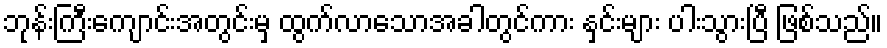
ဘုန်းကြီးကျောင်းအတွင်းမှ ထွက်လာသောအခါတွင်ကား နှင်းများ ပါးသွားပြီ ဖြစ်သည်။